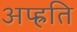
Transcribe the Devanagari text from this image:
अप्ह्रति